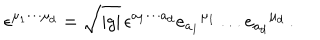
\epsilon ^ { \mu _ { 1 } \cdots \mu _ { d } } = \sqrt { | g | } \, \epsilon ^ { a _ { 1 } \cdots a _ { d } } e _ { a _ { 1 } } { } ^ { \mu _ { 1 } } \ldots e _ { a _ { d } } { } ^ { \mu _ { d } } \, .